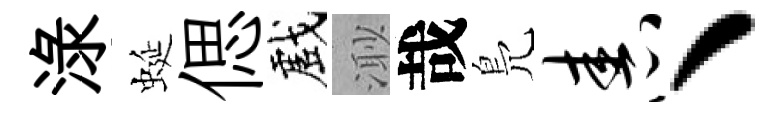
渌蜒偲戲𣺌哉鳬舂、